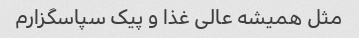
مثل همیشه عالی غذا و پیک سپاسگزارم